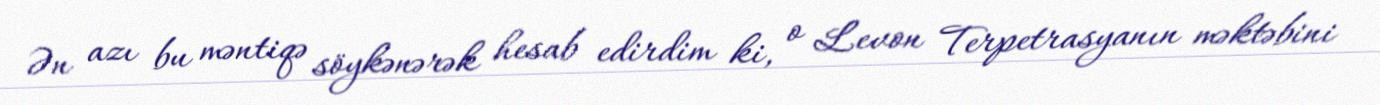
Ən azı bu məntiqə söykənərək hesab edirdim ki, o Levon Terpetrasyanın məktəbini